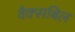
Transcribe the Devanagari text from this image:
वैक्सबिल